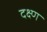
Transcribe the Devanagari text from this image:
दक्ष्ण